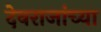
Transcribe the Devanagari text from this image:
देवराजांच्या